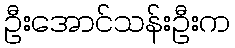
ဦးအောင်သန်းဦးက